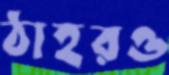
ঠাহরও